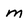
Character: m